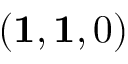
( \mathbf { 1 } , \mathbf { 1 } , 0 )